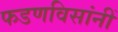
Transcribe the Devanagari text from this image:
फडणविसांनीं